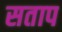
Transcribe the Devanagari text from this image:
सताप